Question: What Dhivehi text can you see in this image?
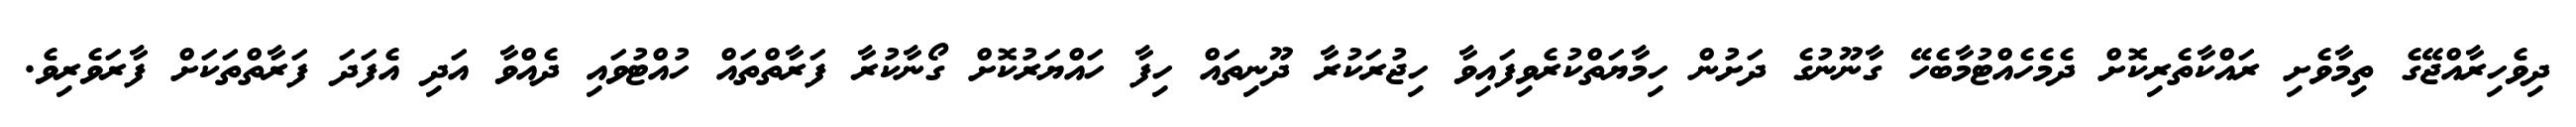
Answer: ދިވެހިރާއްޖޭގެ ތިމާވެށި ރައްކާތެރިކޮށް ދެމެހެއްޓުމާބެހޭ ގާނޫނުގެ ދަށުން ހިމާޔަތްކުރެވިފައިވާ ހިޖުރަކުރާ ދޫނިތައް ހިފާ ހައްޔަރުކޮށް ގޯނާކުރާ ފަރާތްތައް ހުއްޓުވައި ދެއްވާ އަދި އެފަދަ ފަރާތްތަކަށް ފާރަވެރިވެ.